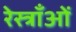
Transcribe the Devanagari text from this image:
रेस्त्राँओं